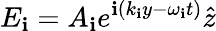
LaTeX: E_{\mathbf{i}}=A_{\mathbf{i}}e^{\mathbf{i}(k_{\mathbf{i}}y-\omega_{\mathbf{i}}t)}\hat{{z}}